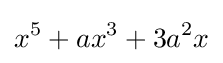
x^{5}+ax^{3}+3a^{2}x